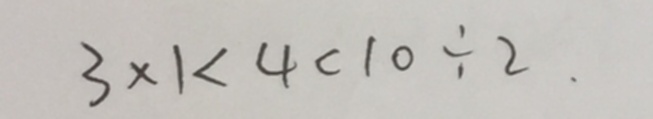
3 \times 1 < 4 < 1 0 \div 2